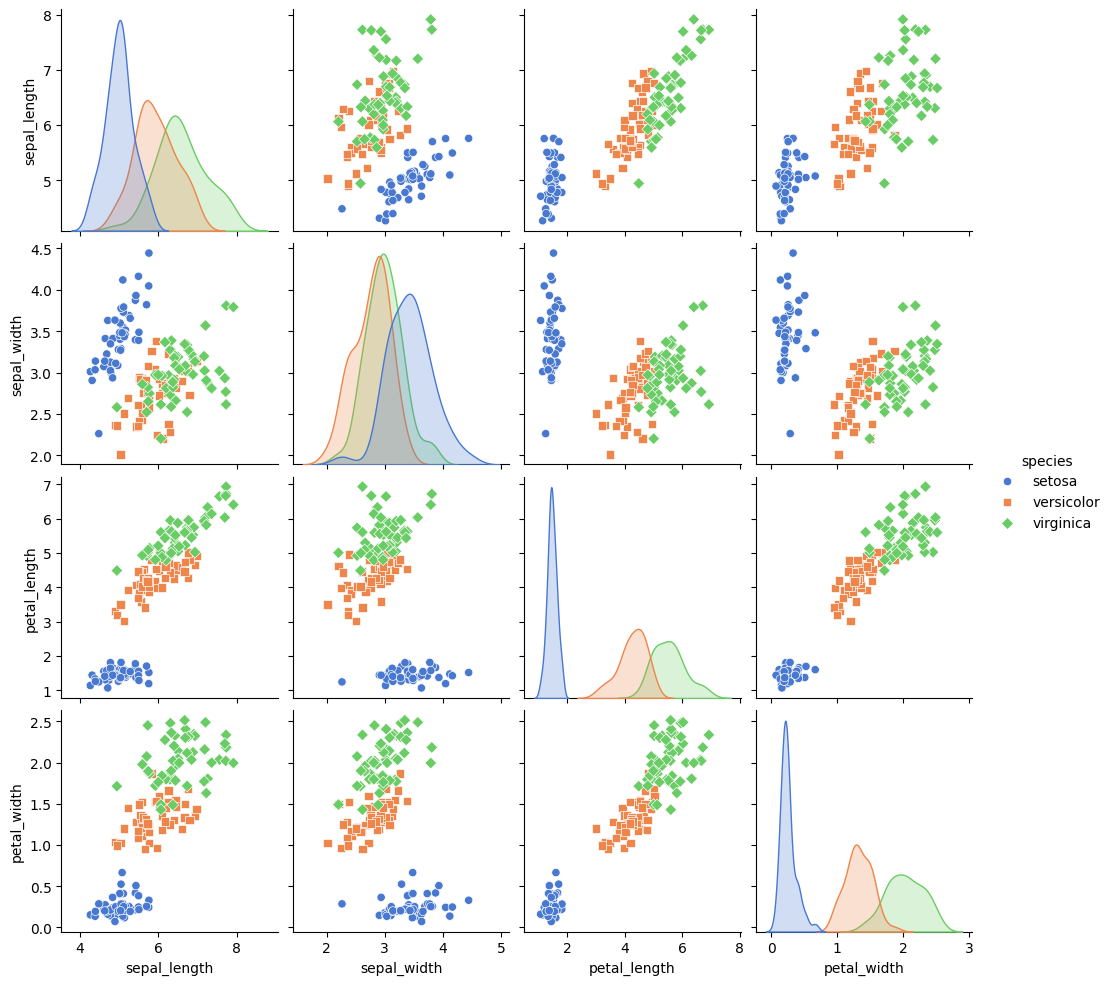
python, seaborn, pairplot, palette='muted', markers=['o', 's', 'D'], kind='scatter', diag_kind='auto'